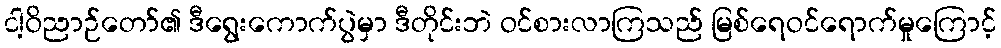
ငါ့ဝိညာဉ်တော်၏ ဒီရွေးကောက်ပွဲမှာ ဒီတိုင်းဘဲ ဝင်စားလာကြသည် မြစ်ရေဝင်ရောက်မှုကြောင့်